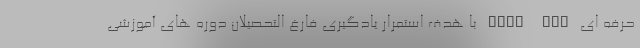
حرفه ای Post DBA با هدف استمرار یادگیری فارغ التحصیلان دوره های آموزشی